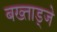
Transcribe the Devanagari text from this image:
बख्ताड्जे